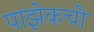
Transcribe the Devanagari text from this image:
पाझेकची